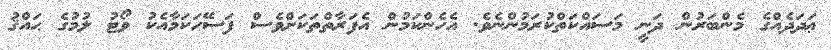
ޢަދަދެއްގެ މެންބަރުން ދަނީ މަސައްކަތްކުރަމުންނެވެ. އެހެންކަމުން އެފަރާތްތަކަށްވެސް ފަސޭހަކަމާއެކު ވޯޓު ލުމުގެ ޙައްޤު